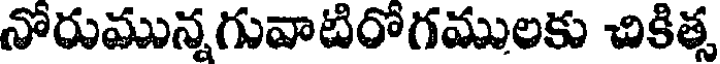
నోరుమున్నగువాటిరోగములకు చికిత్స